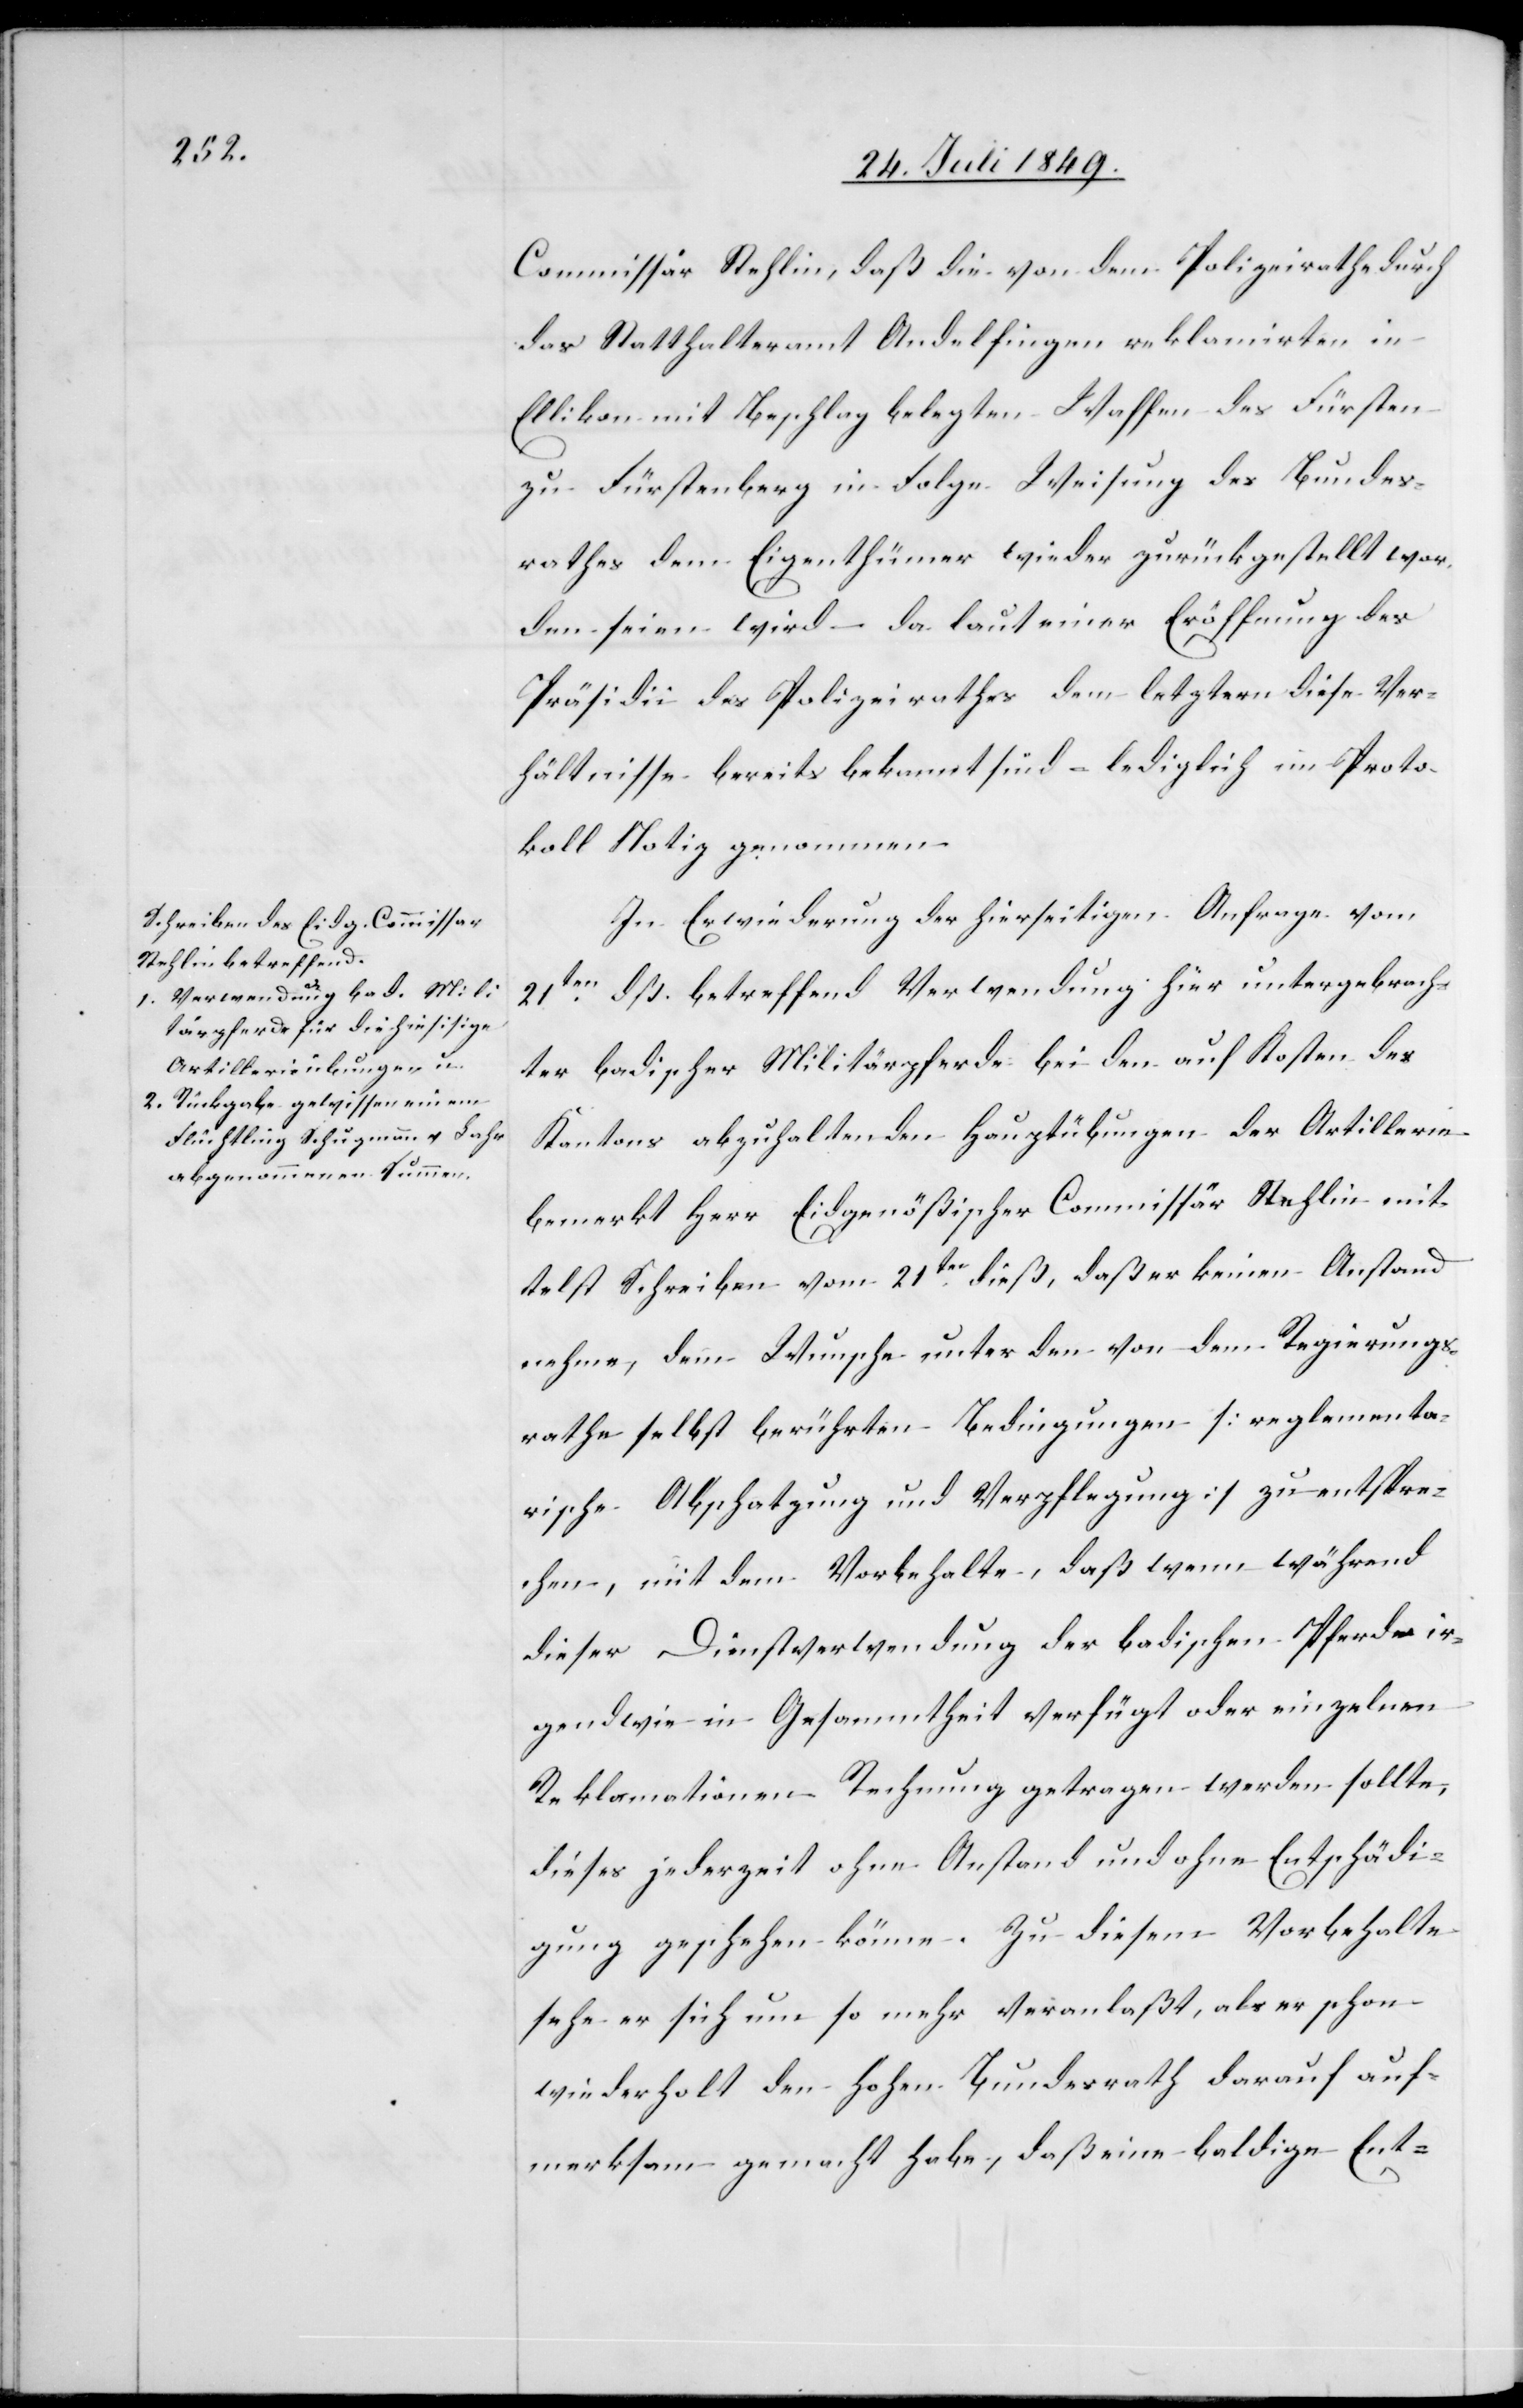
Commissär Stehlin, daß die von dem Polizeirathe durch
das Statthalteramt Andelfingen reklamirten in
Ellikon mit Beschlag belegten Waffen des Fürsten
zu Fürstenberg in Folge Weisung des Bundes¬
rathes dem Eigenthümer wieder zurückgestellt wor¬
den seien, wird – da laut einer Eröffnung des
Präsidii des Polizeirathes dem letztern diese Ver¬
hältnisse bereits bekannt sind – lediglich im Proto¬
koll Notiz genommen.
In Erwiederung der hierseitigen Anfrage vom
21ten dß. betreffend Verwendung für untergebrach¬
ter badischer Militärpferde bei den auf Kosten des
Kantons abzuhaltenden Hauptübungen der Artillerie
bemerkt Herr Eidgenößischer Commissär Stehlin mit¬
telst Schreiben vom 21ten dieß, daß er keinen Anstand
nehme, dem Wunsche unter den von dem Regierungs¬
rathe selbst berührten Bedingungen [reglementa¬
rische Abschatzung und Verpflegung] zu entspre¬
chen, mit dem Vorbehalte, daß wenn während
dieser Dienstverwendung der badischen Pferde ir¬
gendwie in Gesammtheit verfügt oder einzelnen
Reklamationen Rechnung getragen werden sollte,
dieses jederzeit ohne Anstand und ohne Entschädi¬
gung geschehen könne. Zu diesem Vorbehalte
sehe er sich um so mehr veranlaßt, als er schon
wiederholt den hohen Bundesrath darauf auf¬
merksam gemacht habe, daß eine baldige Ent-